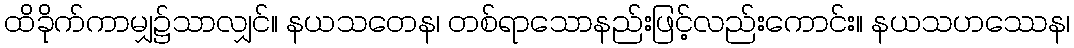
ထိခိုက်ကာမျှ၌သာလျှင်။ နယသတေန၊ တစ်ရာသောနည်းဖြင့်လည်းကောင်း။ နယသဟဿေန၊